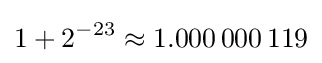
1+2^{-23}\approx 1.000\,000\,119